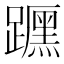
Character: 𲄈